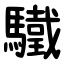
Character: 驖